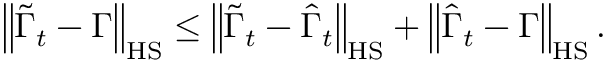
\left\| \widetilde { \boldsymbol { \Gamma } } _ { t } - \boldsymbol { \Gamma } \right\| _ { \mathrm { H S } } \leq \left\| \widetilde { \boldsymbol { \Gamma } } _ { t } - \widehat { \boldsymbol { \Gamma } } _ { t } \right\| _ { \mathrm { H S } } + \left\| \widehat { \boldsymbol { \Gamma } } _ { t } - \boldsymbol { \Gamma } \right\| _ { \mathrm { H S } } .